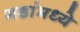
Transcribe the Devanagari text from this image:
गडांमध्ये